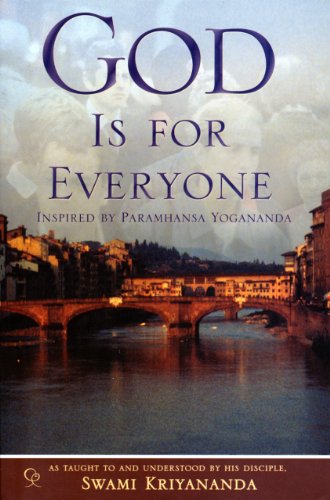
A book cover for God Is for Everyone; Swami Kriyananda; Religion & Spirituality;